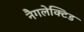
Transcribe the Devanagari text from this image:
नैगलेक्टिड